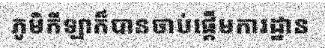
ភូមិកីឡាក៏បានចាប់ផ្តើមការដ្ឋាន